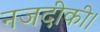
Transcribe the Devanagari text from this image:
नजदीकी।